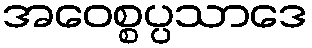
အဝေစ္စပ္ပသာဒေ